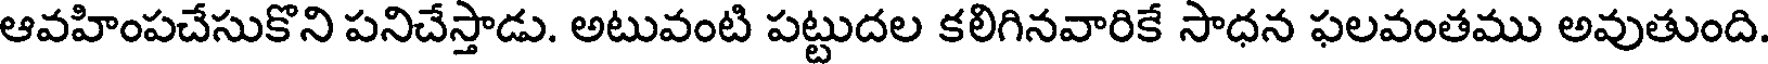
ఆవహింపచేసుకొని పనిచేస్తాడు. అటువంటి పట్టుదల కలిగినవారికే సాధన ఫలవంతము అవుతుంది.